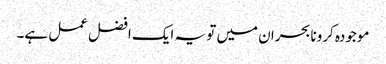
موجودہ کرونا بحران میں تو یہ ایک افضل عمل ہے۔